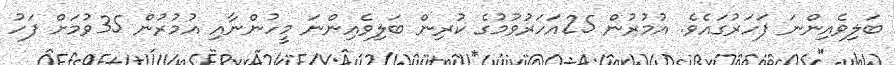
ބަލިވެއިންނަ ފަހަރުގައެވެ. އުމުރުން 25އަހަރުވުމުގެ ކުރިން ބަލިވެއިންނަ މީހުންނާއި އުމުރުން 35ވުމަށް ފަހު